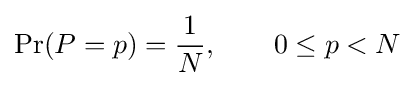
\Pr(P=p)={\frac {1}{N}},\qquad 0\leq p<N